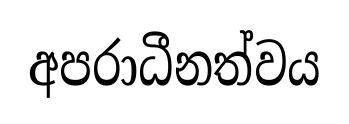
අපරාධීනත්වය